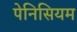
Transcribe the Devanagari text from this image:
पेनिसियम